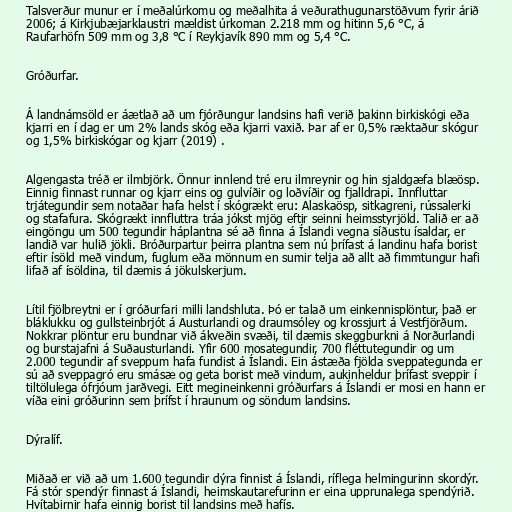
Talsverður munur er í meðalúrkomu og meðalhita á veðurathugunarstöðvum fyrir árið
2006; á Kirkjubæjarklaustri mældist úrkoman 2.218 mm og hitinn 5,6 °C, á
Raufarhöfn 509 mm og 3,8 °C í Reykjavík 890 mm og 5,4 °C.

Gróðurfar.

Á landnámsöld er áætlað að um fjórðungur landsins hafi verið þakinn birkiskógi eða
kjarri en í dag er um 2% lands skóg eða kjarri vaxið. Þar af er 0,5% ræktaður skógur
og 1,5% birkiskógar og kjarr (2019) .

Algengasta tréð er ilmbjörk. Önnur innlend tré eru ilmreynir og hin sjaldgæfa blæösp.
Einnig finnast runnar og kjarr eins og gulvíðir og loðvíðir og fjalldrapi. Innfluttar
trjátegundir sem notaðar hafa helst í skógrækt eru: Alaskaösp, sitkagreni, rússalerki
og stafafura. Skógrækt innfluttra tráa jókst mjög eftir seinni heimsstyrjöld. Talið er að
eingöngu um 500 tegundir háplantna sé að finna á Íslandi vegna síðustu ísaldar, er
landið var hulið jökli. Bróðurpartur þeirra plantna sem nú þrífast á landinu hafa borist
eftir ísöld með vindum, fuglum eða mönnum en sumir telja að allt að fimmtungur hafi
lifað af ísöldina, til dæmis á jökulskerjum.

Lítil fjölbreytni er í gróðurfari milli landshluta. Þó er talað um einkennisplöntur, það er
bláklukku og gullsteinbrjót á Austurlandi og draumsóley og krossjurt á Vestfjörðum.
Nokkrar plöntur eru bundnar við ákveðin svæði, til dæmis skeggburkni á Norðurlandi
og burstajafni á Suðausturlandi. Yfir 600 mosategundir, 700 fléttutegundir og um
2.000 tegundir af sveppum hafa fundist á Íslandi. Ein ástæða fjölda sveppategunda er
sú að sveppagró eru smásæ og geta borist með vindum, aukinheldur þrífast sveppir í
tiltölulega ófrjóum jarðvegi. Eitt megineinkenni gróðurfars á Íslandi er mosi en hann er
víða eini gróðurinn sem þrífst í hraunum og söndum landsins.

Dýralíf.

Miðað er við að um 1.600 tegundir dýra finnist á Íslandi, ríflega helmingurinn skordýr.
Fá stór spendýr finnast á Íslandi, heimskautarefurinn er eina upprunalega spendýrið.
Hvítabirnir hafa einnig borist til landsins með hafís.